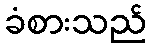
ခံစားသည်